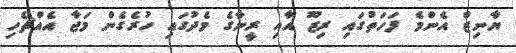
ޔާނިޒް އެންމެ ފަހަތުގައި ރިޒޫ އާއި ރީނާގެ މެދުގައި ހުރެގެން މަޖާ އެއްޗެހި